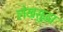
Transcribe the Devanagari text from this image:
लेखसुद्धा